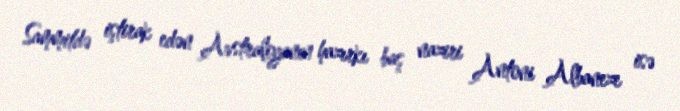
Sammitdə iştirak edən Avstraliyanın hazırkı baş naziri Antoni Albaneze isə